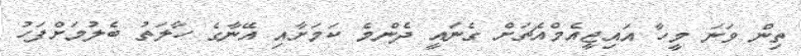
ތިން ވަނަ މީހާ އައިޖީއެމްއެޗަށް ގެނައީ ދެންމެ ކަމަށާއި އޭނާގެ ހާލަތު ބެލުމަށްފަހު